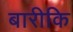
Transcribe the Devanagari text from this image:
बारीकि